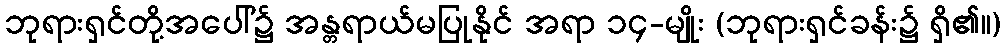
ဘုရားရှင်တို့အပေါ်၌ အန္တရာယ်မပြုနိုင် အရာ ၁၄-မျိုး (ဘုရားရှင်ခန်း၌ ရှိ၏။)